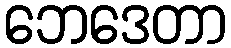
ဘေဒေတာ